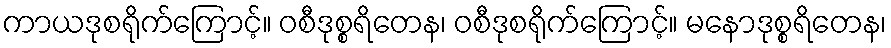
ကာယဒုစရိုက်ကြောင့်။ ဝစီဒုစ္စရိတေန၊ ဝစီဒုစရိုက်ကြောင့်။ မနောဒုစ္စရိတေန၊